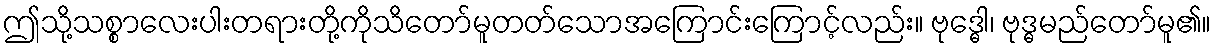
ဤသို့သစ္စာလေးပါးတရားတို့ကိုသိတော်မူတတ်သောအကြောင်းကြောင့်လည်း။ ဗုဒ္ဓေါ၊ ဗုဒ္ဓမည်တော်မူ၏။